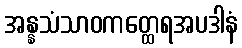
အန္နသံသာဝကတ္ထေရအပဒါနံ